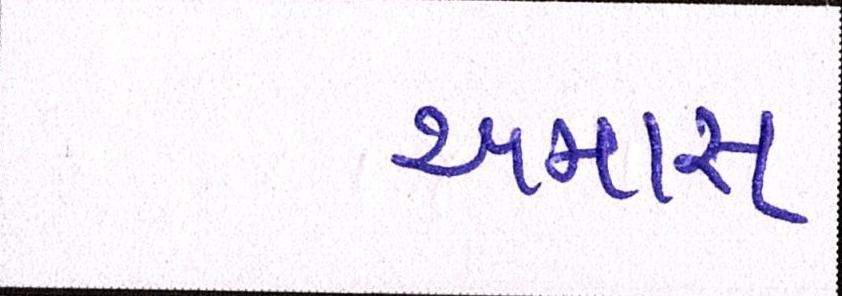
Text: અમારા